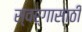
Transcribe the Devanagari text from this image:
स्वर्गासाठी